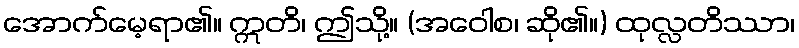
အောက်မေ့ရာ၏။ ဣတိ၊ ဤသို့။ (အဝေါစ၊ ဆို၏။) ထုလ္လတိဿာ၊